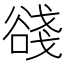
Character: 𧮺